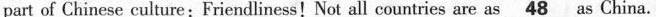
part of Chinese culture:Friendliness!Not all countries are as\underline{48} as China.